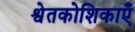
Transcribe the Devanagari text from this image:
श्वेतकोशिकाएँ